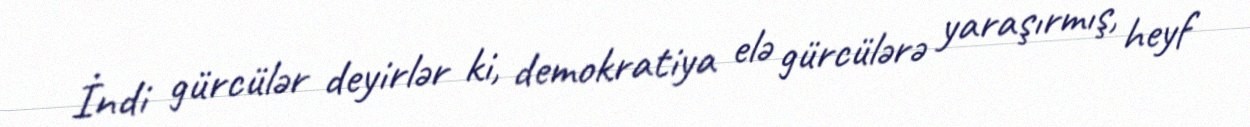
İndi gürcülər deyirlər ki, demokratiya elə gürcülərə yaraşırmış, heyf